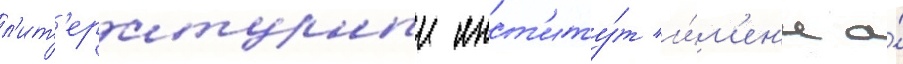
л'ит'ературныи инст'иту́т и́м'ен'и а́